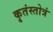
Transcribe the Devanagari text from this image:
कृतंस्तोत्रं